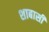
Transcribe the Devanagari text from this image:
शाबासी